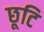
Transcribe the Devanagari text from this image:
छूटि